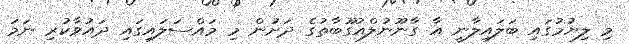
މި ލިޔުމުގައި ބަލައިލާނީ އާ ގާނޫނުލްއުގޫބާތުގެ ދަށުން މި މައްސަލައިގައި ދައުވާކުރި ނަމަ